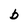
Character: b